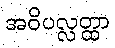
အဝိပလ္လတ္ထာ